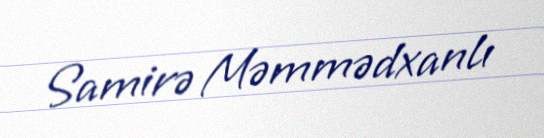
Samirə Məmmədxanlı